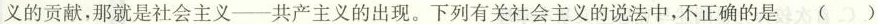
义的贡献，那就是社会主义—共产主义的出现。下列有关社会主义的说法中，不正确的是 ( )